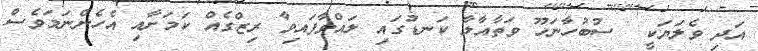
އަދި ވެލަޔަކީ  ސުބުހާނަހޫ ވަތާއާލާ ކަނޑުގައި ލައްވާފައިވާ ރިޒްގެއް ކަމަށާއި އެހެންނަމަވެސް